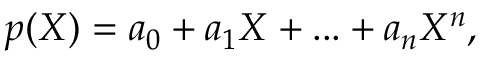
p ( X ) = a _ { 0 } + a _ { 1 } X + . . . + a _ { n } X ^ { n } ,